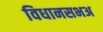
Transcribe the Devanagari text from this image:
विधानसभअ